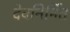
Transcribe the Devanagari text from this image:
देवनिर्मित